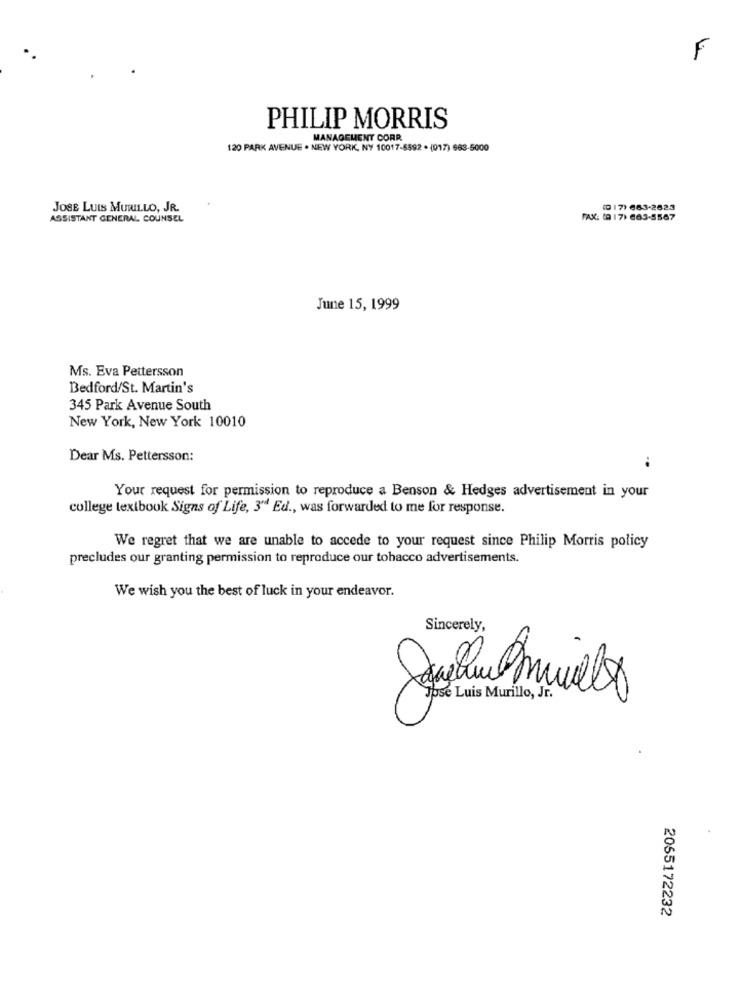
F
PHILIP MORRIS
MANAGEMENT CORR
120 PARK AVENUE . NEW YORK, NY 10017-6592 . (017) 683-5000
JOSE LUIS MURILLO, JR.
(9 17) 663-2623
ASSISTANT GENERAL COUNSEL
FAX: (9 17) 663-5567
June 15, 1999
Ms. Eva Pettersson
Bedford/St. Martin's
345 Park Avenue South
New York, New York 10010
Dear Ms. Pettersson:
..
Your request for permission to reproduce a Benson & Hedges advertisement in your
college textbook Signs of Life, 3"ª Ed ., was forwarded to me for response.
We regret that we are unable to accede to your request since Philip Morris policy
precludes our granting permission to reproduce our tobacco advertisements.
We wish you the best of luck in your endeavor.
Sincerely,
2055172232